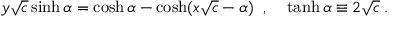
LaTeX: y \sqrt { c } \sinh \alpha = \cosh \alpha - \cosh ( x \sqrt { c } - \alpha ) \; \; , \; \; \; \; \operatorname { t a n h } \alpha \equiv 2 \sqrt { c } \; .